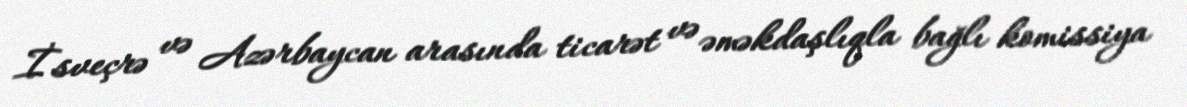
İsveçrə və Azərbaycan arasında ticarət və əməkdaşlıqla bağlı komissiya